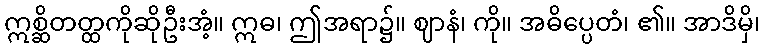
ဣစ္ဆိတတ္ထကိုဆိုဦးအံ့။ ဣဓ၊ ဤအရာ၌။ ဈာနံ၊ ကို။ အဓိပ္ပေတံ၊ ၏။ အာဒိမှိ၊